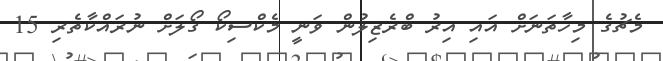
މެޗުގެ މިހާތަނަށް އައި އިރު ބްރެޒިލުން ވަނީ މެކްސިކޯ ގޯލަށް ނުރައްކާތެރި 15